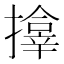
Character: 𪮷